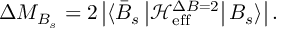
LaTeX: \Delta M _ { B _ { s } } = 2 \left| \langle \bar { B } _ { s } \left| \mathcal { H } _ { \mathrm { e f f } } ^ { \Delta B = 2 } \right| B _ { s } \rangle \right| .